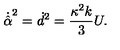
\dot { \hat { \alpha } } ^ { 2 } = \dot { d } ^ { 2 } = \frac { \kappa ^ { 2 } k } { 3 } U .